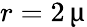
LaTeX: r=2\, \upmu